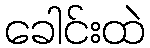
ခေါင်းထဲ